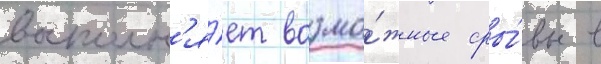
восполн'я́ет возмо́жные сры́вы в